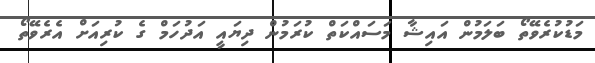
މަޑުކުރެވޭތޯ ބަލަމުން އައިޝާ މަސައްކަތް ކުރަމުން ދިޔައީ އަދުހަމް ގެ ކުރިއަށް އެރެވޭތޯ